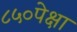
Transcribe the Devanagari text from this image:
८५०पेक्षा